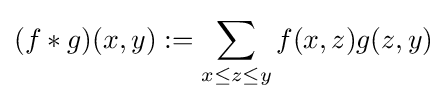
(f*g)(x,y):=\sum _{x\leq z\leq y}f(x,z)g(z,y)